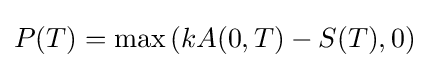
P(T)={\text{max}}\left(kA(0,T)-S(T),0\right)